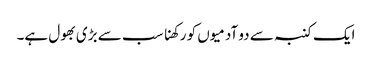
ایک کنبہ سے دو آدمیوں کو رکھنا سب سے بڑی بھول ہے۔